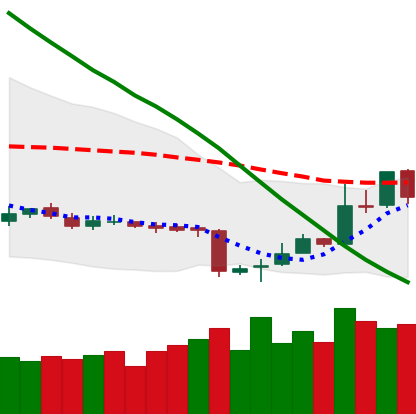
Ticker: LTC-USD
Chart end date: 2018-11-07
Forward return: -6.534%
Label: down_5_7